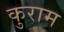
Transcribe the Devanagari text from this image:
कुराम